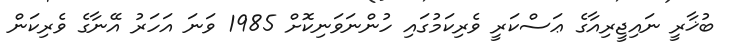
ބުޚާރީ ނައިޖީރިއާގެ ޢަސްކަރީ ވެރިކަމުގައި ހުންނަވަނިކޮށް 1985 ވަނަ އަހަރު އޭނާގެ ވެރިކަން